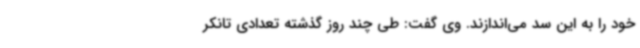
خود را به این سد می‌اندازند. وی گفت: طی چند روز گذشته تعدادی تانکر